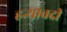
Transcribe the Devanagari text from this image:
हन्थावदी